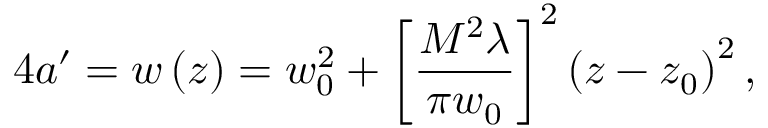
4 a ^ { \prime } = w \left( z \right) = w _ { 0 } ^ { 2 } + \left[ \frac { M ^ { 2 } \lambda } { \pi w _ { 0 } } \right] ^ { 2 } \left( z - z _ { 0 } \right) ^ { 2 } ,